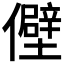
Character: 𫤃